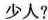
少人?